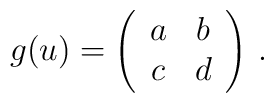
g(u)= \left ( \begin{array}{cc} a & b \\ c & d \end{array}\right )\,.